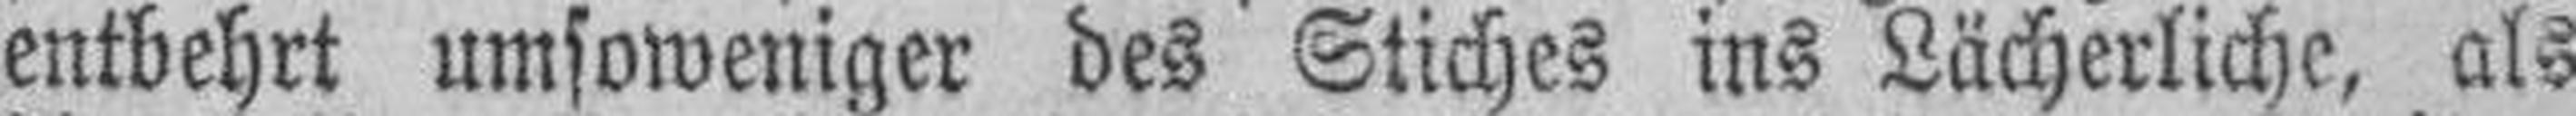
entbehrt umsoweniger des Stiches ins Lächerliche, als